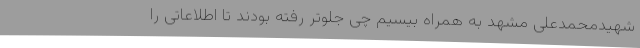
شهیدمحمدعلی مشهد به همراه بیسیم چی جلوتر رفته بودند تا اطلاعاتی را